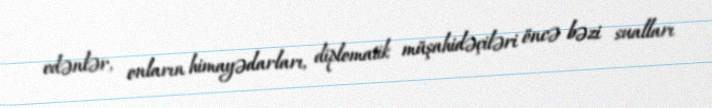
edənlər, onların himayədarları, diplomatik müşahidəçiləri öncə bəzi sualları